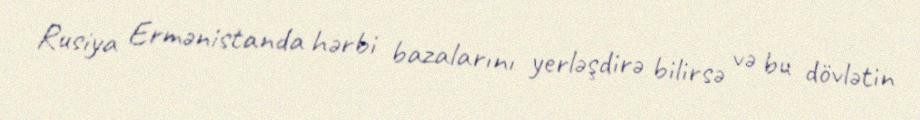
Rusiya Ermənistanda hərbi bazalarını yerləşdirə bilirsə və bu dövlətin